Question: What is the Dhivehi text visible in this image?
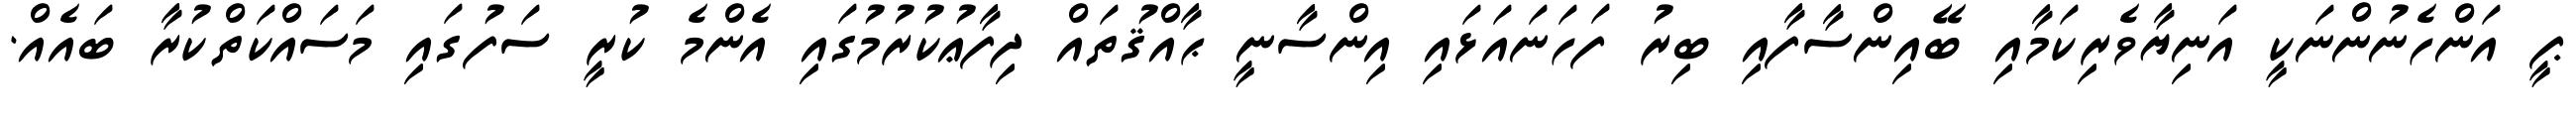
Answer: ޕީ އަންހެނުންނަކީ އަނިޔާވެރިކަމާއި ބޭއިންސާފާއި ބިރު ފަހަނައަޅައި އިންސާނީ ޙާއްޤުތައް ދިފާޢުކުރުމުގައި އެންމެ ކުރީ ސަފުގައި މަސައްކަތްކުރާ ބައެއް.